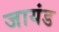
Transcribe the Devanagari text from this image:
जायंड